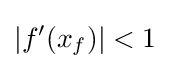
\left|f'(x_{f})\right|<1